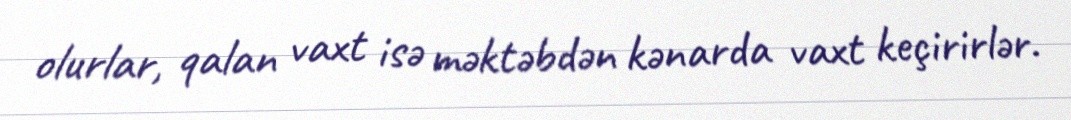
olurlar, qalan vaxt isə məktəbdən kənarda vaxt keçirirlər.